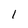
Character: 1